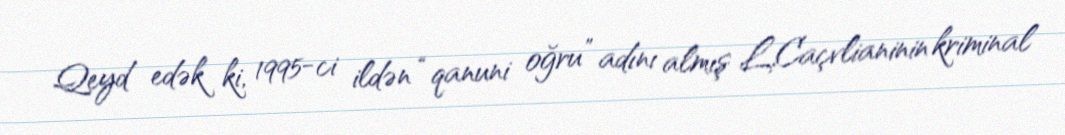
Qeyd edək ki, 1995-ci ildən “qanuni oğru” adını almış L.Caçvlianinin kriminal